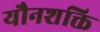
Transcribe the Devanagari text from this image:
यौनशक्ति